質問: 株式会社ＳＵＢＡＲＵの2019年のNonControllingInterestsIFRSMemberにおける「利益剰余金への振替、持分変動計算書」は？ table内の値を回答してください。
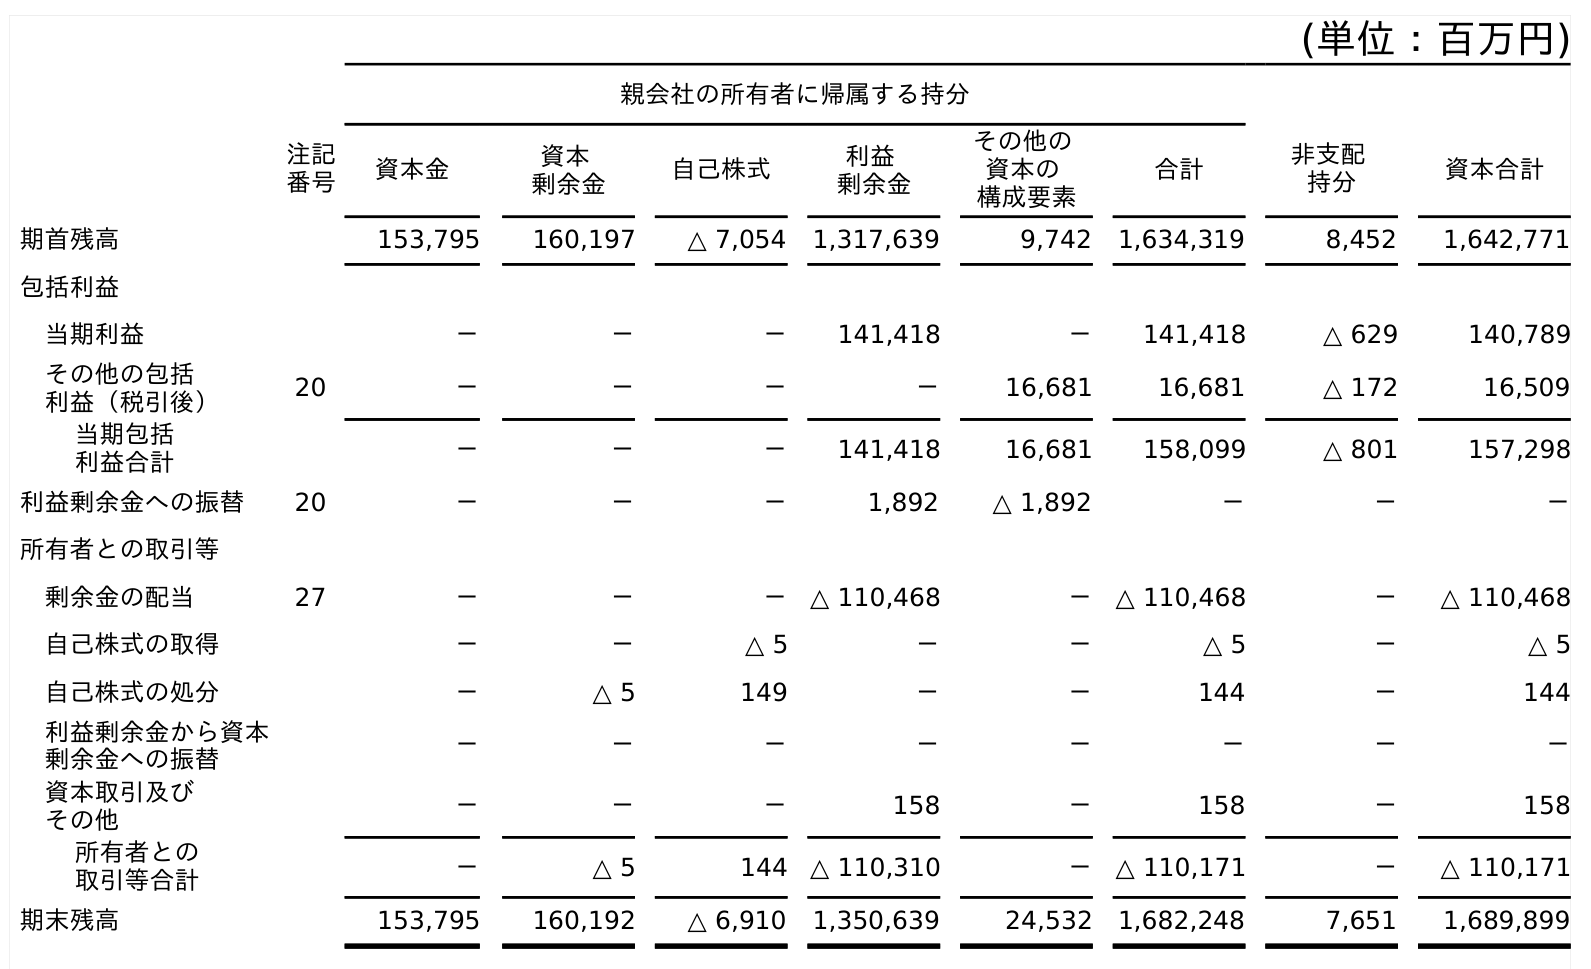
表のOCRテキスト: (単位：百万円) 親会社の所有者に帰属する持分 注記 番号 資本金 資本 剰余金 自己株式 利益 剰余金 その他の 資本の 構成要素 合計 非支配 持分 資本合計 期首残高 153,795 160,197 △ 7,054 1,317,639 9,742 1,634,319 8,452 1,642,771 包括利益 当期利益 － － － 141,418 － 141,418 △ 629 140,789 その他の包括 利益（税引後） 20 － － － － 16,681 16,681 △ 172 16,509 当期包括 利益合計 － － － 141,418 16,681 158,099 △ 801 157,298 利益剰余金への振替 20 － － － 1,892 △ 1,892 － － － 所有者との取引等 剰余金の配当 27 － － － △ 110,468 － △ 110,468 － △ 110,468 自己株式の取得 － － △ 5 － － △ 5 － △ 5 自己株式の処分 － △ 5 149 － － 144 － 144 利益剰余金から資本 剰余金への振替 － － － － － － － － 資本取引及び その他 － － － 158 － 158 － 158 所有者との 取引等合計 － △ 5 144 △ 110,310 － △ 110,171 － △ 110,171 期末残高 153,795 160,192 △ 6,910 1,350,639 24,532 1,682,248 7,651 1,689,899
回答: －